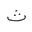
Letter: _tha